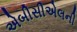
એબીસીએલની